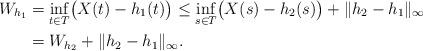
LaTeX: \begin{align*} W_{h_{1}}&=\inf_{t\in T}\bigl(X(t) - h_{1}(t)\bigr) \le \inf_{s\in T}\bigl(X(s) - h_{2}(s)\bigr)+\|h_{2} - h_{1}\|_{\infty}\\&=W_{h_{2}} +\|h_{2}-h_{1}\|_{\infty}.\end{align*}